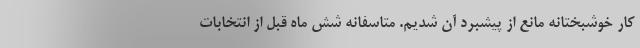
کار خوشبختانه مانع از پیشبرد آن شدیم. متاسفانه شش ماه قبل از انتخابات